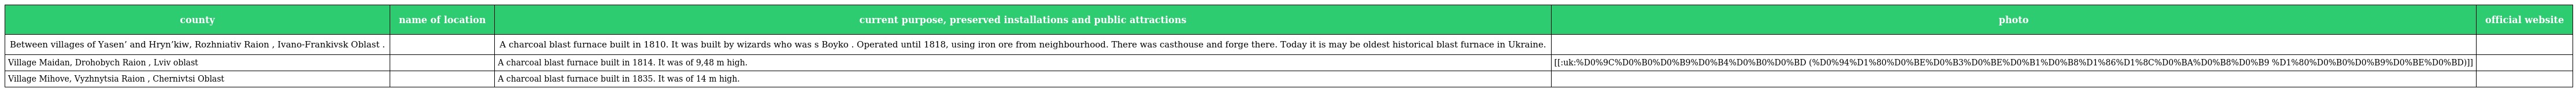
| county | name of location | current purpose, preserved installations and public attractions | photo | official website |
 | --- | --- | --- | --- | --- |
 | Between villages of Yasen’ and Hryn’kiw, Rozhniativ Raion , Ivano-Frankivsk Oblast . |  | A charcoal blast furnace built in 1810. It was built by wizards who was s Boyko . Operated until 1818, using iron ore from neighbourhood. There was casthouse and forge there. Today it is may be oldest historical blast furnace in Ukraine. |  |  |
 | Village Maidan, Drohobych Raion , Lviv oblast |  | A charcoal blast furnace built in 1814. It was of 9,48 m high. | [[:uk:%D0%9C%D0%B0%D0%B9%D0%B4%D0%B0%D0%BD (%D0%94%D1%80%D0%BE%D0%B3%D0%BE%D0%B1%D0%B8%D1%86%D1%8C%D0%BA%D0%B8%D0%B9 %D1%80%D0%B0%D0%B9%D0%BE%D0%BD)]] |  |
 | Village Mihove, Vyzhnytsia Raion , Chernivtsi Oblast |  | A charcoal blast furnace built in 1835. It was of 14 m high. |  |  |